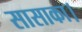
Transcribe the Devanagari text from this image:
सासाका।